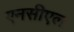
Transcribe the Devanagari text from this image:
एनसीएल